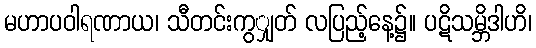
မဟာပဝါရဏာယ၊ သီတင်းကွျှတ် လပြည့်နေ့၌။ ပဋိသမ္ဘိဒါဟိ၊